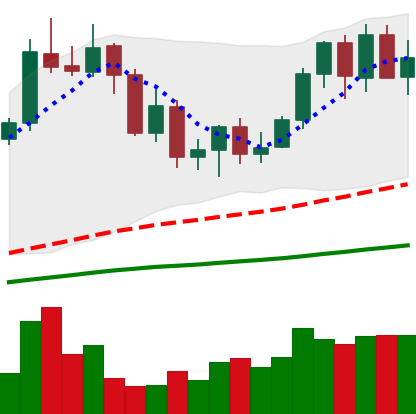
Ticker: NEO-USD
Chart end date: 2020-09-16
Forward return: -4.065%
Label: down_3_5